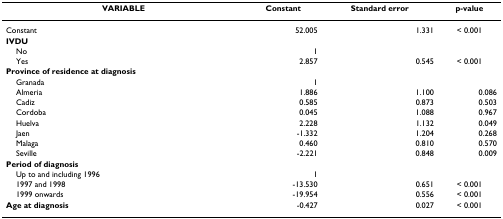
<table><thead><tr><td><b>VARIABLE</b></td><td><b>Constant</b></td><td><b>Standard error</b></td><td><b>p-value</b></td></tr></thead><tbody><tr><td>Constant</td><td>52.005</td><td>1.331</td><td>&lt; 0.001</td></tr><tr><td><b>IVDU</b></td><td></td><td></td><td></td></tr><tr><td> No</td><td>1</td><td></td><td></td></tr><tr><td> Yes</td><td>2.857</td><td>0.545</td><td>&lt; 0.001</td></tr><tr><td><b>Province of residence at diagnosis</b></td><td></td><td></td><td></td></tr><tr><td> Granada</td><td>1</td><td></td><td></td></tr><tr><td> Almeria</td><td>1.886</td><td>1.100</td><td>0.086</td></tr><tr><td> Cadiz</td><td>0.585</td><td>0.873</td><td>0.503</td></tr><tr><td> Cordoba</td><td>0.045</td><td>1.088</td><td>0.967</td></tr><tr><td> Huelva</td><td>2.228</td><td>1.132</td><td>0.049</td></tr><tr><td> Jaen</td><td>-1.332</td><td>1.204</td><td>0.268</td></tr><tr><td> Malaga</td><td>0.460</td><td>0.810</td><td>0.570</td></tr><tr><td> Seville</td><td>-2.221</td><td>0.848</td><td>0.009</td></tr><tr><td><b>Period of diagnosis</b></td><td></td><td></td><td></td></tr><tr><td> Up to and including 1996</td><td>1</td><td></td><td></td></tr><tr><td> 1997 and 1998</td><td>-13.530</td><td>0.651</td><td>&lt; 0.001</td></tr><tr><td> 1999 onwards</td><td>-19.954</td><td>0.556</td><td>&lt; 0.001</td></tr><tr><td><b>Age at diagnosis</b></td><td>-0.427</td><td>0.027</td><td>&lt; 0.001</td></tr></tbody></table>